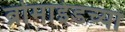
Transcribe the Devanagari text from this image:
ब्रोमाईडच्या